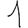
Digit: 1